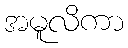
အမူလိကာ